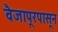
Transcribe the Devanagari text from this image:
वैजापूरपासून